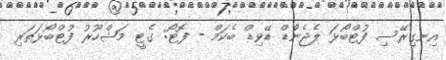
އިނގިރޭސި ފުޓްބޯޅަ ލެޖެނެްޑް ޑޭވިޑް ބެކަމް - ފޮޓޯ: ގެޓީ މަޝްހޫރު ފުޓްބޯޅަތަރި